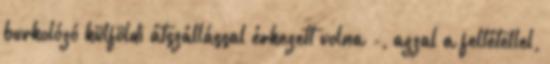
burkolózó külföldi átszállással érkezett volna -, azzal a feltétellel,